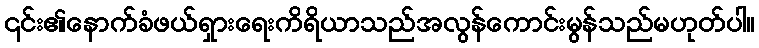
၎င်း၏နောက်ခံဖယ်ရှားရေးကိရိယာသည်အလွန်ကောင်းမွန်သည်မဟုတ်ပါ။